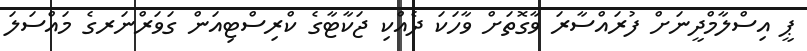
ޕީ އިސްލާމްދީނަށް ފުރައްސާރަ ވާގޮތަށް ވާހަކަ ދެއްކި ޖަކާޓާގެ ކްރިސްޓިއަން ގަވަރްނަރގެ މައްސަލަ